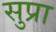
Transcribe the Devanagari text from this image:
सुप्रा